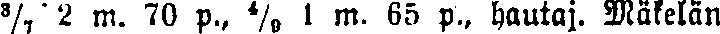
³/₇ 2 m. 70 p., ⁴/₉, 1 m. 65 p., hautaj. Mäkelän